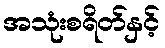
အသုံးစရိတ်နှင့်